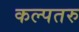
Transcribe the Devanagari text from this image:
कल्‍पतरु